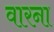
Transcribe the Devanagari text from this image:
वारना